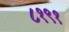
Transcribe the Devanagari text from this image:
८१९१